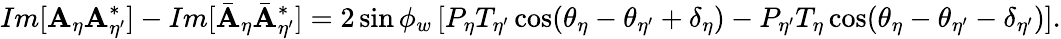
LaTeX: Im[\mathbf{A}_{\eta}\mathbf{A}_{\eta^{\prime}}^{*}]-Im[{\bar{{\mathbf{A}}}_{\eta}}{\bar{{\mathbf{A}}}_{\eta^{\prime}}^{*}}]=2\sin\phi_{w}\left[P_{\eta}T_{\eta^{\prime}}\cos(\theta_{\eta}-\theta_{\eta^{\prime}}+\delta_{\eta})-P_{\eta^{\prime}}T_{\eta}\cos(\theta_{\eta}-\theta_{\eta^{\prime}}-\delta_{\eta^{\prime}})\right].